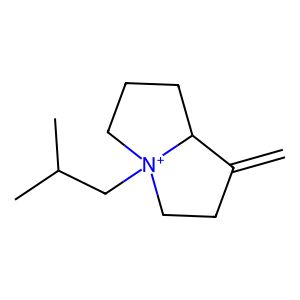
SMILES: C=C1CC[N+]2(CC(C)C)CCCC12
Inhibits HIV replication: No